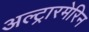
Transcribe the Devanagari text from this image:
अल्ट्रारमेरिन